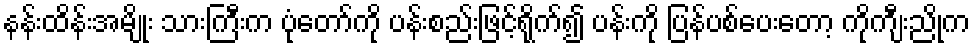
နန်းထိန်းအမျိုး သားကြီးက ပုံတော်ကို ပန်းစည်းဖြင့်ရိုက်၍ ပန်းကို ပြန်ပစ်ပေးတော့ ကိုကျီးညိုက